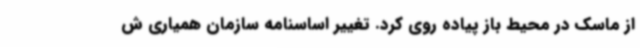
از ماسک در محیط باز پیاده روی کرد. تغییر اساسنامه سازمان همیاری ش